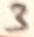
Text: 3